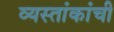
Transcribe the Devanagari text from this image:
व्यस्तांकांची